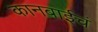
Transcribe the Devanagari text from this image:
कानबाईचं